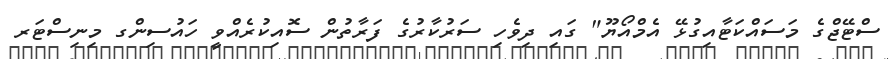
ސްޓޭޖްގެ މަސައްކަޓާއިގުޅޭ އެމްއޯޔޫ" ގައި ދިވެހި ސަރުކާރުގެ ފަރާތުން ސޮއިކުރެއްވީ ހައުސިންގ މިނިސްޓަރ